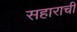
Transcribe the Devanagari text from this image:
सहाराची